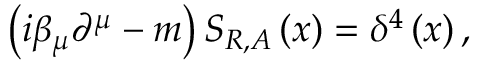
\left( i \beta _ { \mu } \partial ^ { \mu } - m \right) S _ { R , A } \left( x \right) = \delta ^ { 4 } \left( x \right) ,